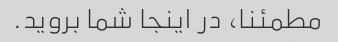
مطمئنا، در اینجا شما بروید.